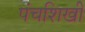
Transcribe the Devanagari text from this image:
पंचशिखी